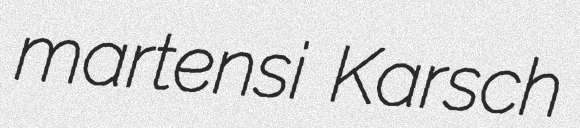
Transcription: martensi Karsch